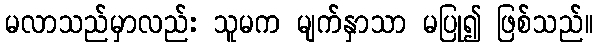
မလာသည်မှာလည်း သူမက မျက်နှာသာ မပြု၍ ဖြစ်သည်။